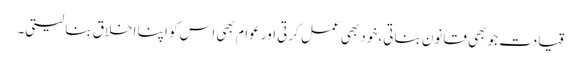
قیادت جو بھی قانون بناتی، خود بھی عمل کرتی اور عوام بھی اس کو اپنا اخلاق بنا لیتی۔